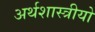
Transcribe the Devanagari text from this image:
अर्थशास्त्रीयो